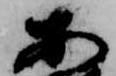
安